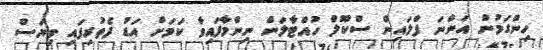
ހިންގަމުން އަންނަ ފްލައިން ސްކޫލް ހުއްޓާލަން ނިންމާފައިވާ ކަމަށް އަޑު ފެތުރިފައި ވިޔަސް